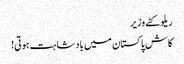
ریلو کٹے وزیر
کاش پاکستان میں بادشاہت ہوتی!